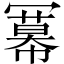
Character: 冪